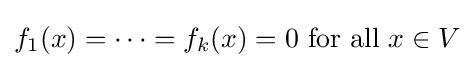
f_{1}(x)=\cdots =f_{k}(x)=0{\text{ for all }}x\in V